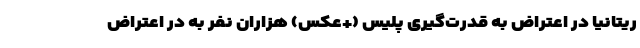
ریتانیا در اعتراض به قدرت‌گیری پلیس (+عکس) هزاران نفر به در اعتراض